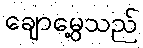
ချောမွေ့သည်